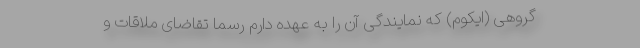
گروهی (ایکوم) که نمایندگی آن را به عهده دارم رسما تقاضای ملاقات و